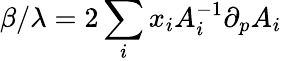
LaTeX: \beta/\lambda=2\sum_{i}{x_{i}}A_{i}^{-1}\partial_{p}A_{i}